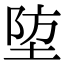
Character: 埅